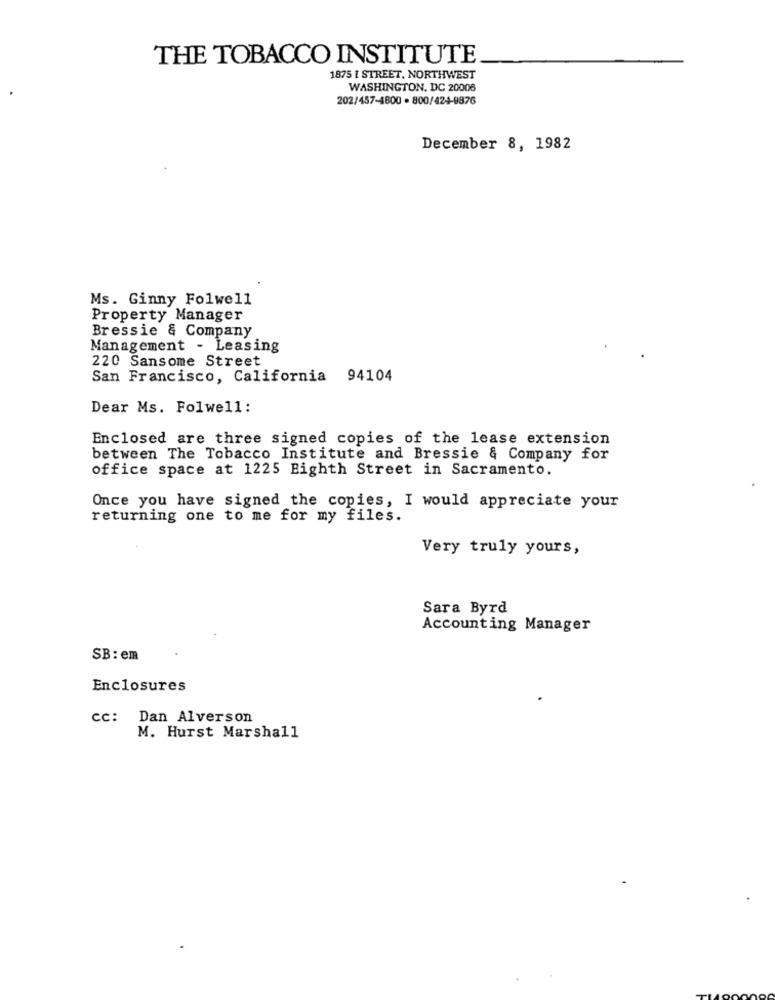
THE TOBACCO INSTITUTE
1875 I STREET, NORTHWEST
WASHINGTON, DC 20008
202/457-4800 · 800/424-8876
December 8, 1982
Ms. Ginny Folwell
Property Manager
Bressie & Company
Management - Leasing
220 Sansome Street
San Francisco, California 94104
Dear Ms. Folwell:
Enclosed are three signed copies of the lease extension
between The Tobacco Institute and Bressie & Company for
office space at 1225 Bighth Street in Sacramento.
Once you have signed the copies, I would appreciate your
returning one to me for my files.
Very truly yours,
Sara Byrd
Accounting Manager
SB : em
Enclosures
cc: Dan Alverson
M. Hurst Marshall